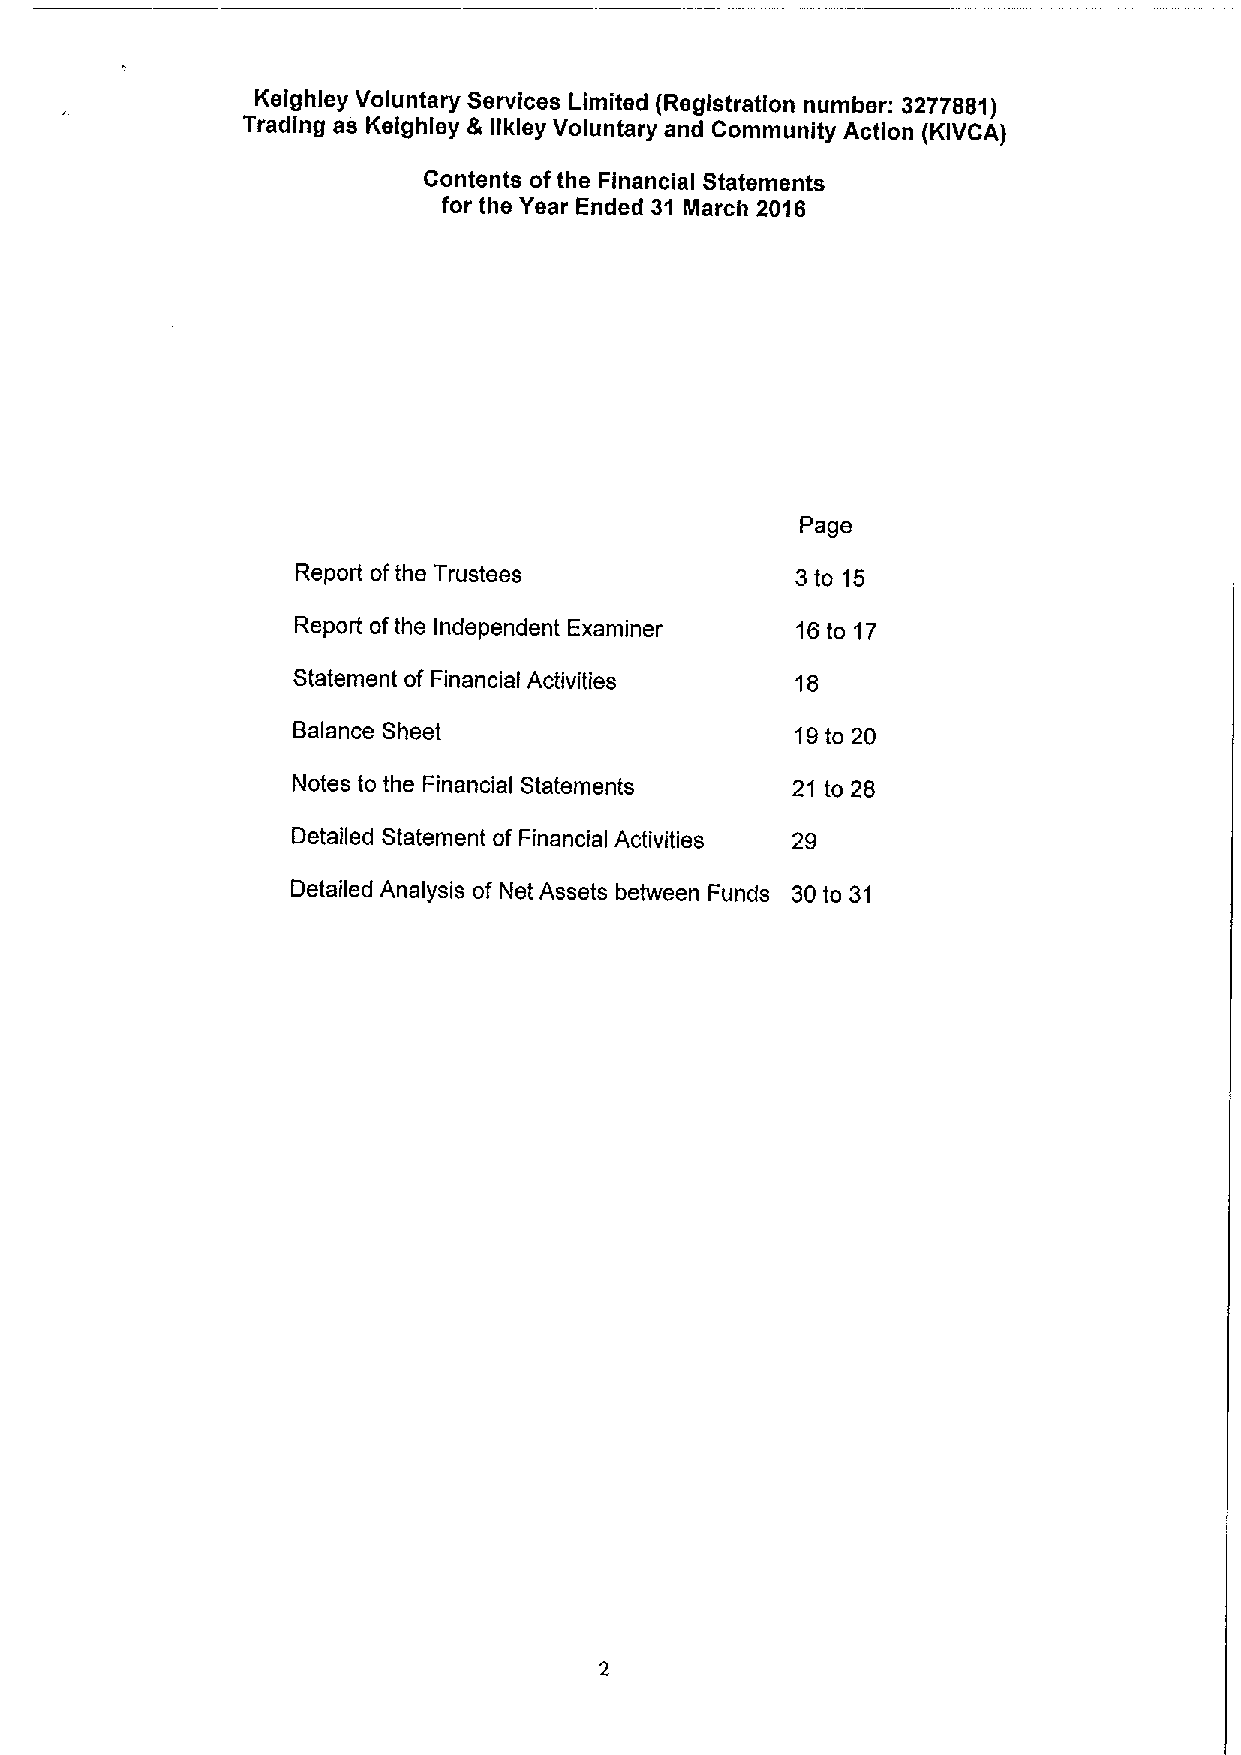
Keighley Voluntary Services Limited (Registration number: 3277881)
 Trading as Keighley & llkley Voluntary and Community Action (KIVCA)
 Contents ofthe Financial Statements
 for the Year Ended 31 March 2016
 Page
 Report ofthe Trustees            3to15
 Report ofthe Independent Examiner 16to 17
 Statement of Financial Activities 18
 Balance Sheet                     19to 20
 Notes to the Financial Statements 21 to 28
 Detailed Statement of Financial Activities 29
 Detailed Analysis of Net Assets between Funds 30to 31